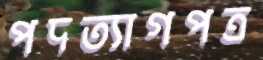
পদত্যাগপত্র